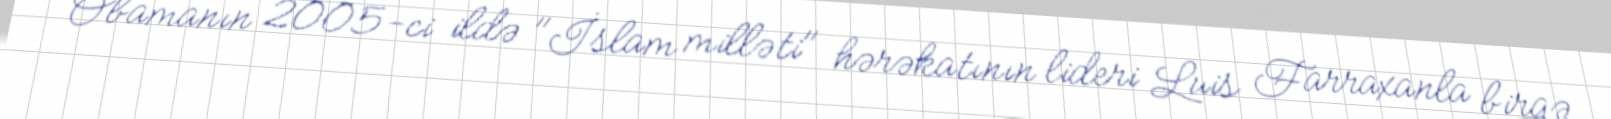
Obamanın 2005-ci ildə "İslam milləti" hərəkatının lideri Luis Farraxanla birgə